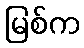
မြစ်က